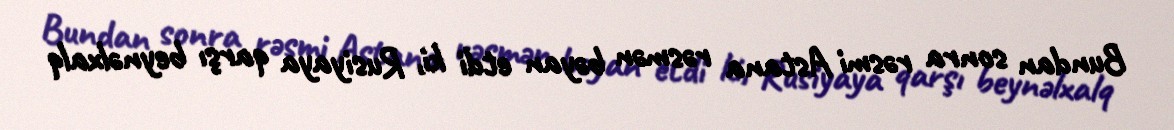
Bundan sonra rəsmi Astana rəsmən bəyan etdi ki, Rusiyaya qarşı beynəlxalq